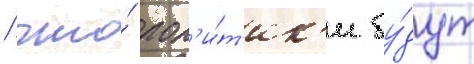
/ что́ пол'и́т'ик'и бу́дут